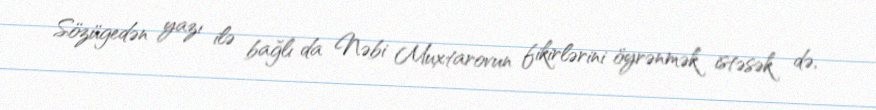
Sözügedən yazı ilə bağlı da Nəbi Muxtarovun fikirlərini öyrənmək istəsək də,